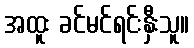
အထူး ခင်မင်ရင်းနှီးသူ။